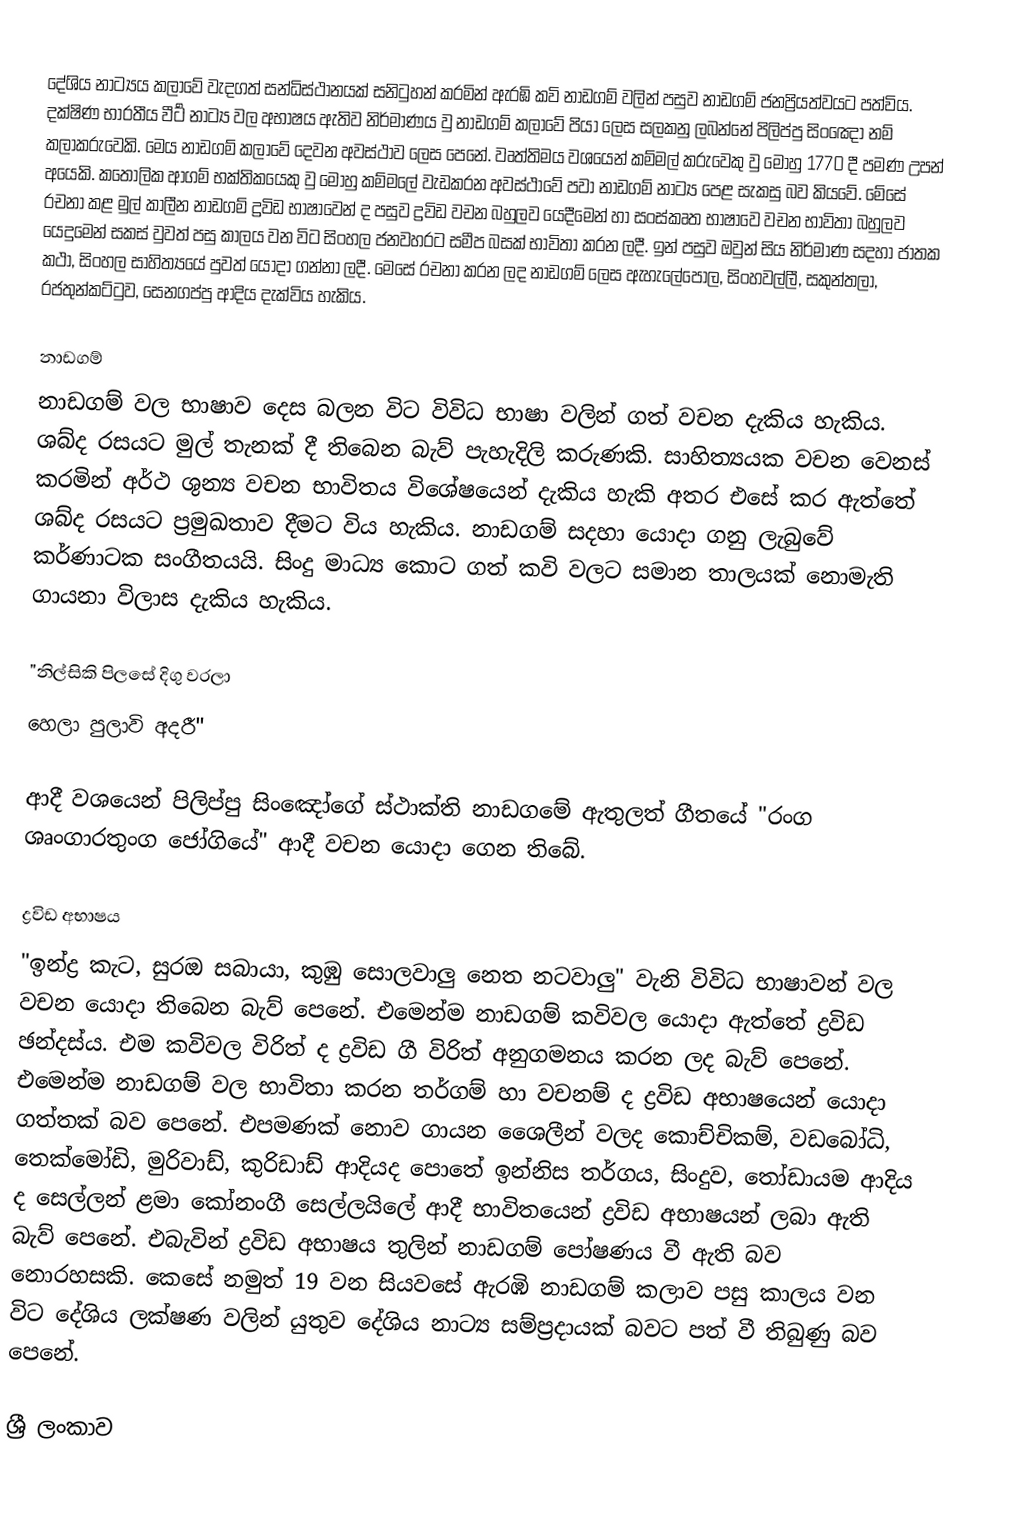
දේශිය නාට්‍යය කලාවේ වැදගත් සන්ධිස්ථානයක් සනිටුහන් කරමින් ඇරඹි කවි නාඩගම් වලින් පසුව නාඩගම් ජනප්‍රියත්වයට පත්විය. දක්ෂිණ භාරතීය වීර්‍ට නාට්‍ය වල අභාෂය ඇතිව නිර්මාණය වු නාඩගම් කලාවේ පියා ලෙස සලකනු ලබන්නේ පිලිප්පු සිංඤෝ නම් කලාකරුවෙකි. මෙය නාඩගම් කලාවේ‍ දෙවන අවස්ථාව ලෙස පෙනේ. වෘත්තිමය වශයෙන් කම්මල් කරුවෙකු වු මොහු 1770 දී පමණ උපන් අයෙකි. කතෝලික ආගම් භක්තිකයෙකු වු මොහු කම්මලේ වැඩකරන අවස්ථාවේ පවා නාඩගම් නාට්‍ය පෙළ සැකසු බව කියවේ. මේසේ රචනා කළ මුල් කාලීන නාඩගම් ද්‍රවිඩ භාෂාවෙන් ද පසුව ද්‍රවිඩ වචන බහුලව යෙදීමෙන් හා සංස්කෘත භාෂාවෙ වචන භාවිතා  බහුලව යෙදුමෙන් සකස් වුවත් පසු කාලය වන විට සිංහල ජන‍වහරට සමීප බසක් භාවිතා කරන ලදී. ඉන් පසුව ඔ‍වුන් සිය නිර්මාණ සදහා ජාතක කථා,  සිංහල සාහිත්‍යයේ පු‍වත් යොදා ගන්නා ලදී. මෙසේ රචනා කරන ලද නාඩගම් ලෙස ඇහැලේපොල, සිංහවල්ලී, සකුන්තලා, රජතුන්කට්ටු‍ව, සෙනගප්පු ආදිය දැක්විය හැකිය.

නාඩගම්
නාඩගම් වල භාෂාව දෙස බලන විට විවිධ භාෂා වලින් ගත් වචන දැකිය හැකිය. ශබ්ද රසයට  මුල් තැනක් දී තිබෙන බැව් පැහැදිලි කරුණකි. සාහිත්‍යයක වචන වෙනස් කරමින් අර්ථ ශුන්‍ය වචන භාවිතය විශේෂයෙන් දැකිය හැකි අතර එසේ කර ඇත්තේ ශබ්ද රසයට ප්‍රමුඛතාව දීමට විය හැකිය. නාඩගම් සදහා යොදා ගනු ලැබුවේ කර්ණාටක සංගීතයයි. සිංදු මාධ්‍ය කොට ගත් කවි වලට සමාන තාලයක් නොමැති ගායනා විලාස දැකිය හැකිය.

"නිල්සිකි පිලසේ දිගු වරලා
හෙලා පුලාවි අදරී"

ආදී වශයෙන් පිලිප්පු සිංඤෝගේ ස්ථාක්ති නාඩග‍මේ ඇතුලත් ගීතයේ "රංග ශෘංගාරතුංග ජෝගියේ" ආදී වචන යොදා ගෙන තිබේ.

ද්‍රවිඩ අභාෂය
"ඉන්ද්‍ර කැට, සුරඔ සබායා, කුඹු ‍සොලවාලු නෙත නටවාලු" වැනි විවිධ භාෂාවන් වල වචන යොදා තිබෙන බැව් පෙනේ. එමෙන්ම නාඩගම් කවිවල යොදා ඇත්තේ ද්‍රවිඩ ඡන්දස්ය. එම කවිවල විරිත් ද  ද්‍රවිඩ ගී විරිත් අනුගමනය කරන ලද බැව් පෙනේ. එමෙන්ම නාඩගම් වල භාවිතා කරන තර්ගම් හා වචනම් ද ද්‍රවිඩ අභාෂයෙන් යොදා ගත්තක් බව පෙනේ. එපමණක් නොව ගායන ශෛලීන් ‍වලද    කොච්චිකම්, වඩබෝධි, තෙක්මෝඩි, මුරිවාඩ්, කුරිඩාඩ් ආදියද ‍පොතේ ඉන්නිස තර්ගය, සිංදුව, තෝඩායම ආදිය ද සෙල්ලන් ළමා කෝනංගී සෙල්ලයිලෙ‍් ආදී භාවිතයෙන් ද්‍රවිඩ අභාෂයන් ලබා ඇති බැව් පෙනේ. එබැවින් ද්‍රවිඩ අභාෂය තුලින් නාඩගම් පෝෂණය වී ඇති බව නොරහසකි. කෙසේ නමුත් 19 වන සියවසේ ඇරඹි  නාඩගම් කලාව පසු කාලය වන විට දේශිය ලක්ෂණ වලින් යුතුව දේශිය නාට්‍ය සම්ප්‍රදායක් බවට පත් ‍වී තිබුණු බ‍ව පෙනේ.

ශ්‍රී ලංකාව